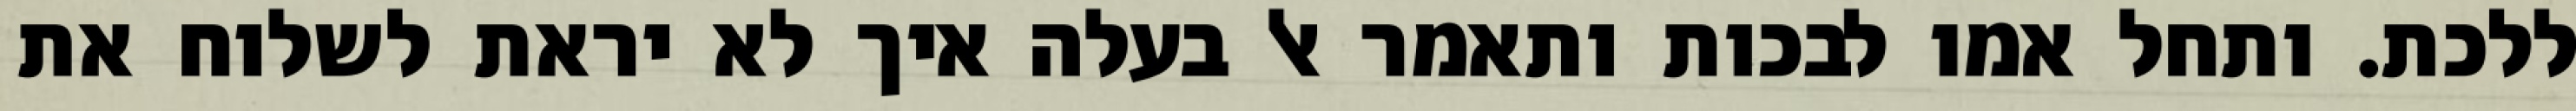
ללכת. ותחל אמו לבכות ותאמר אל בעלה איך לא יראת לשלוח את